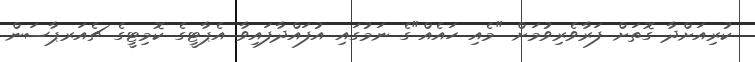
ކުރިއަށްދާ ގޮތަށް ފަރާވެރިވުމަށް "މެއި ހައެއް"ގެ ނަމުގައި އުފައްދާފައިވާ އެޕާޓީގެ ކޮމިޓީގެ ޗެއަރޕާސަން